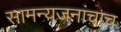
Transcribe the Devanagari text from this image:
सामन्यजनांचाच